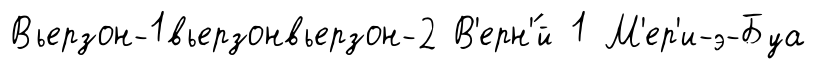
Вьерзон-1вьерзонвьерзон-2 В'ерн'́й 1 М'ер'и-э-Буа